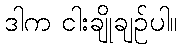
ဒါက ငါးချိုချဉ်ပါ။